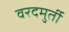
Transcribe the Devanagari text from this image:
वरदमुर्ती